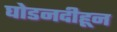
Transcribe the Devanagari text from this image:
घोडनदीहून